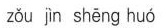
zǒu jìn shēng huó